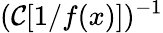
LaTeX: (\mathcal{C}[1/f(x)])^{-1}